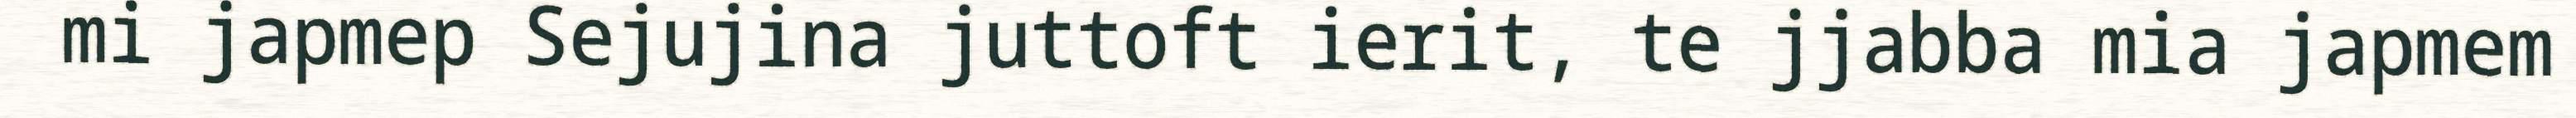
mi japmep Sejujina juttoft ierit, te jjabba mia japmem